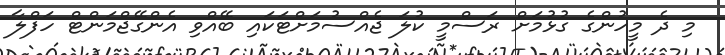
މި ދެ މީހުންގެ ގުޅުމަށް ރަސްމީ ކުލަ ޖެއްސުމަށްޓަކައި ބޭއްވި އެންގޭޖްމަންޓް ހަފްލާ